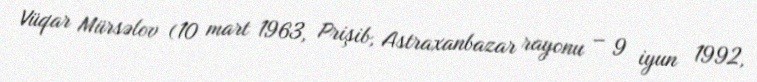
Vüqar Mürsəlov (10 mart 1963, Prişib, Astraxanbazar rayonu – 9 iyun 1992,